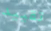
تقييد